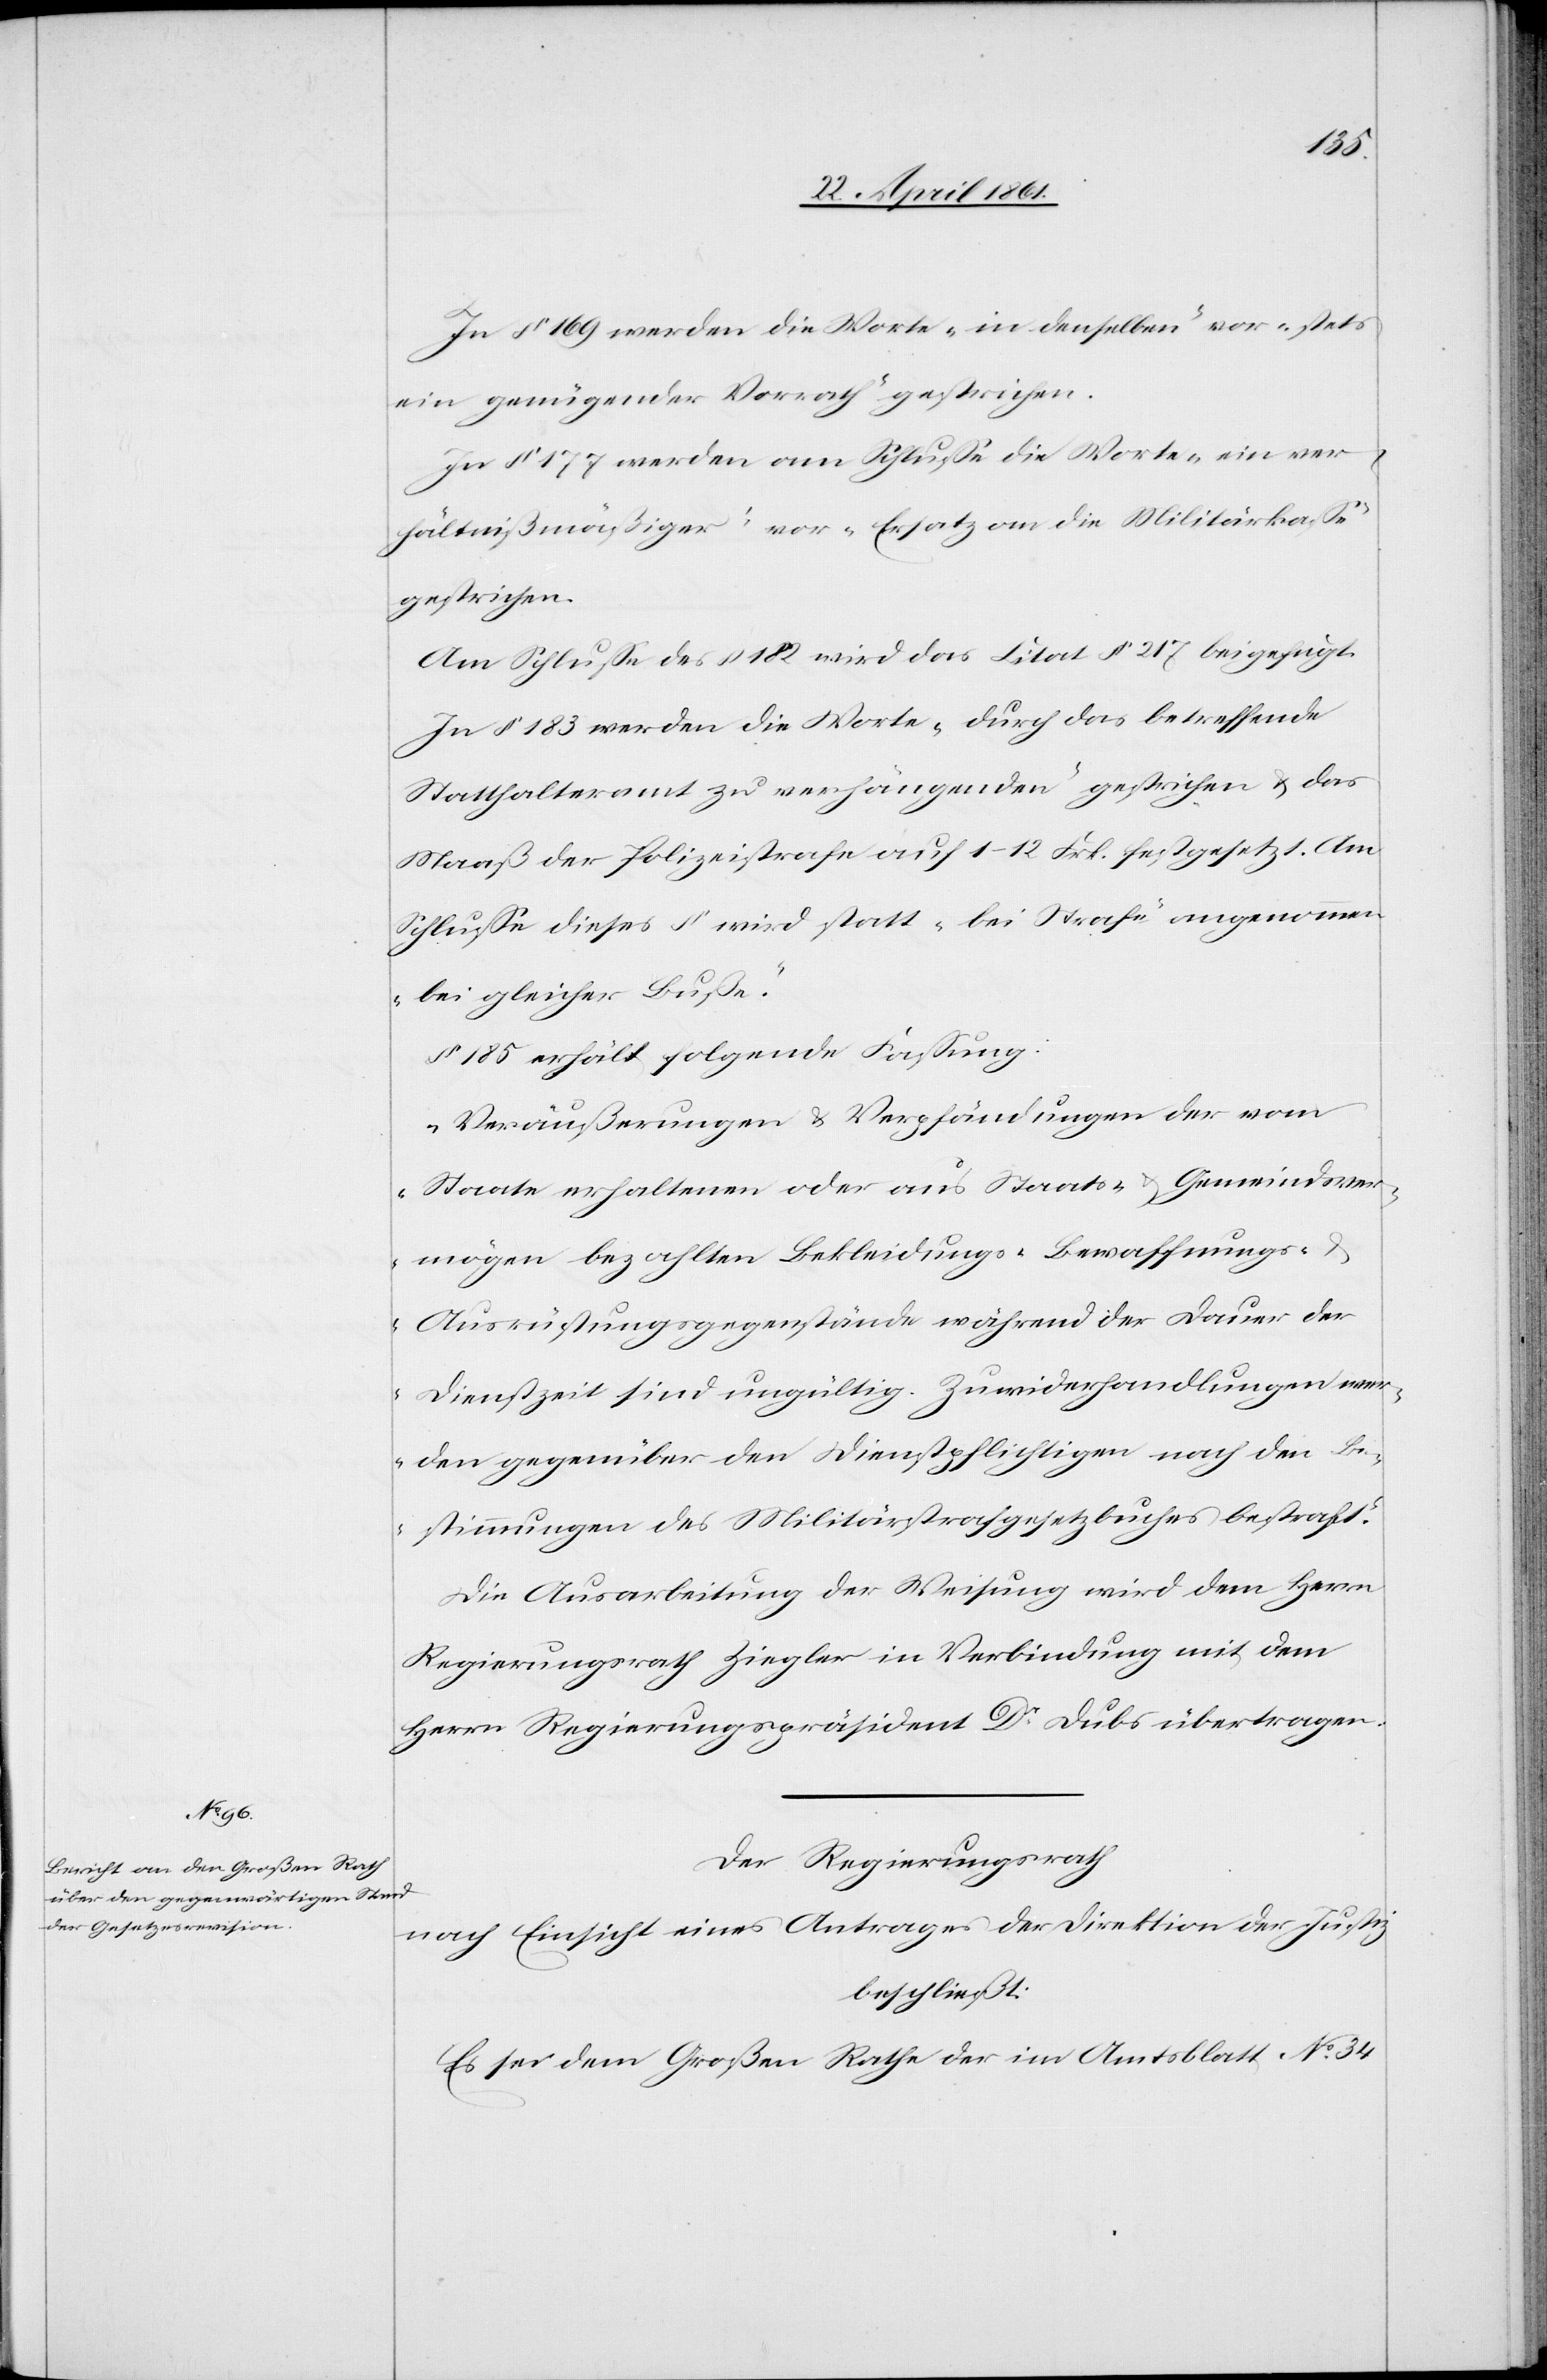
In § 169 werden die Worte „in denselben“ vor „stets
ein genügender Vorrath“ gestrichen.
In § 177 werden am Schlusse die Worte „ein ver¬
hältnißmäßiger“ vor „Ersatz an die Militärkasse“
gestrichen.
Am Schlusse des § 182 wird das Citat §. 217 beigefügt.
In § 183 werden die Worte „durch das betreffende
Statthalteramt zu verhängenden“ gestrichen u. das
Maaß der Polizeistrafe auf 1–12 Frk. festgesetzt. Am
Schlusse dieses § wird statt „bei Strafe“ angenommen
„bei gleicher Buße“.
§ 185 erhält folgende Fassung:
„Veräußerungen u. Verpfändungen der vom
Staate erhaltenen oder aus Staats- u. Gemeindsver¬
mögen bezahlten Bekleidungs-[,] Bewaffnungs- u.
Ausrüstungsgegenstände während der Dauer der
Dienstzeit sind ungültig. Zuwiderhandlungen wer¬
den gegenüber den Dienstpflichtigen nach den Be¬
stimmungen des Militärstrafgesetzbuches bestraft.“
Die Ausarbeitung der Weisung wird dem Herrn
Regierungsrath Ziegler in Verbindung mit dem
Herrn Regierungspräsident Dr. Dubs übertragen.
Der Regierungsrath,
nach Einsicht eines Antrages der Direktion der Justiz
beschließt:
Es sei dem Großen Rathe der im Amtsblatt No 34